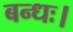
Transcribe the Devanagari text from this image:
बन्धः।